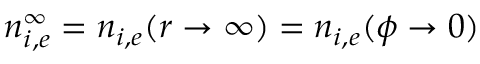
n _ { i , e } ^ { \infty } = n _ { i , e } ( r \rightarrow \infty ) = n _ { i , e } ( \phi \rightarrow 0 )